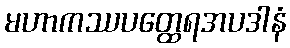
မဟာကဿပတ္ထေရအပဒါနံ